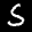
Label: 5